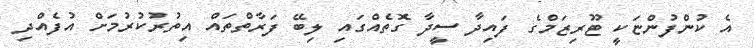
އެ ކުންފުންޏަކީ ޓޫރިޒަމްގެ ފައިދާ ސީދާ ގޮތެއްގައި ލިބޭ ފަރާތްތައް އިތުރުކުރުމަށް އުފެއްދި